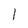
Character: I